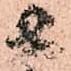
者